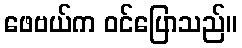
ဖေဗယ်က ဝင်ပြောသည်။